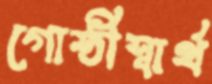
গোষ্ঠীস্বার্থ